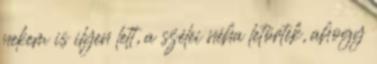
nekem is ilyen lett, a szélei néha letörtek, ahogy